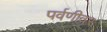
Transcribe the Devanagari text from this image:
पर्वणीवर